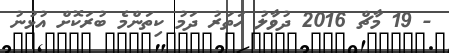
- 19 މާޗް 2016 ދުވާލު ހަތަރު ދަމު ކިތަންމެ ބުރަކޮށް އުޅުނު